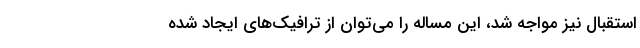
استقبال نیز مواجه شد، این مساله را می‌توان از ترافیک‌های ایجاد شده